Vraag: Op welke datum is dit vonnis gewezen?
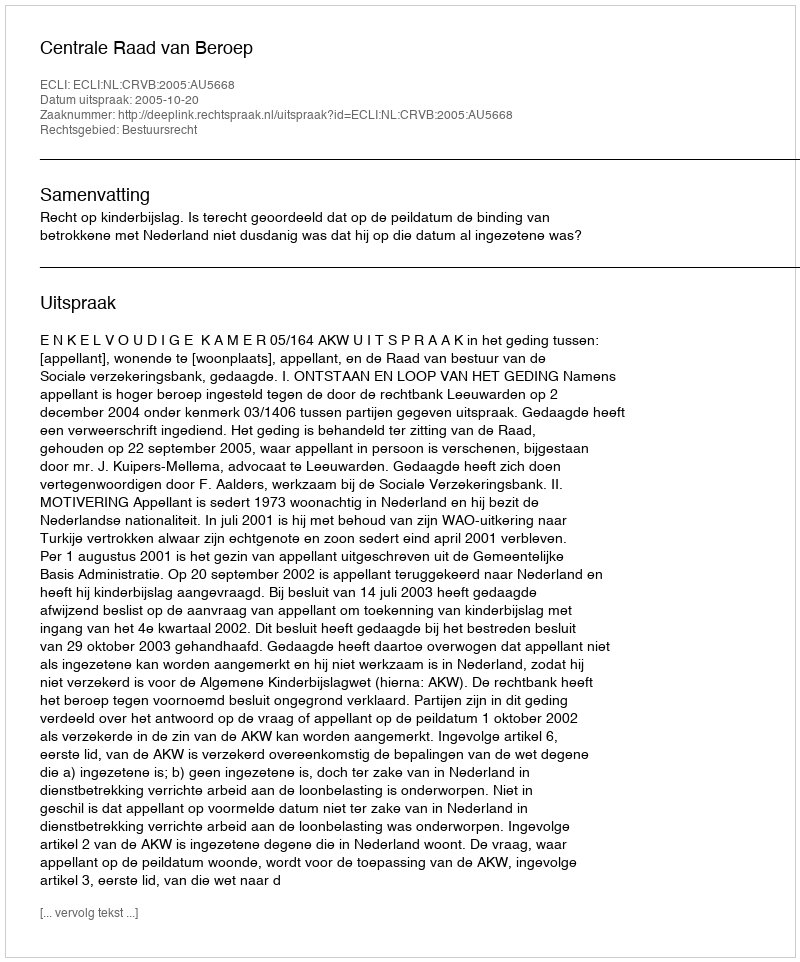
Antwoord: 2005-10-20